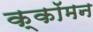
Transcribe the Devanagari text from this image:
क्कॉमन